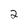
Character: 2